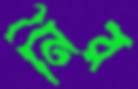
নির